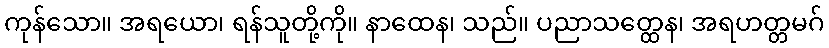
ကုန်သော။ အရယော၊ ရန်သူတို့ကို။ နာထေန၊ သည်။ ပညာသတ္ထေန၊ အရဟတ္တမဂ်